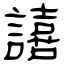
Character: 譆